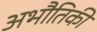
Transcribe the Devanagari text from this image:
अभौतिकी